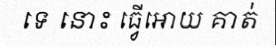
ទេ នោះ ធ្វើអោយ គាត់